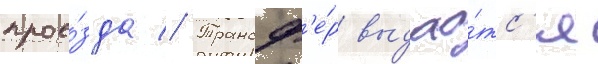
прое́зда // Трансф'е́р выдао́тс'я